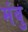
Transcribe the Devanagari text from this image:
मंबु